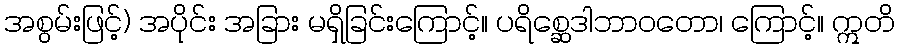
အစွမ်းဖြင့်) အပိုင်း အခြား မရှိခြင်းကြောင့်။ ပရိစ္ဆေဒါဘာဝတော၊ ကြောင့်။ ဣတိ